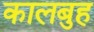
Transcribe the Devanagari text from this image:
कालबुह